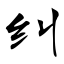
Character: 纠